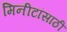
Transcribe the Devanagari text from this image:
मिनीटांसाठी